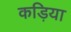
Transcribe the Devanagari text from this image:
कड़िया